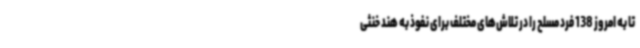
تا به امروز 138 فرد مسلح را در تلاش‌های مختلف برای نفوذ به هند خنثی